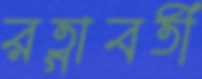
রত্নাবতী